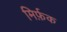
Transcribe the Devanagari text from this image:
मिर्फ़क